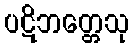
ပဋိဘတ္တေသု